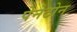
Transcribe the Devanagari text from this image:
पेनेटोन